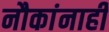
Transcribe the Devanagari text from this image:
नौकांनाही